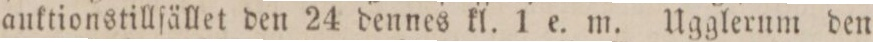
auktionstillfället den 24 dennes kl. 1 e. m. Ugglerum den